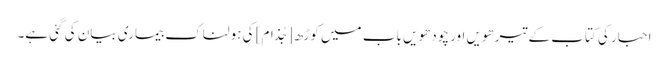
احبار کی کتاب کے تیرھویں اور چودھویں باب میں کوڑھ [جُذام] کی ہولناک بیماری بیان کی گئی ہے۔